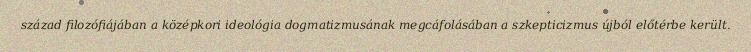
század filozófiájában a középkori ideológia dogmatizmusának megcáfolásában a szkepticizmus újból előtérbe került.